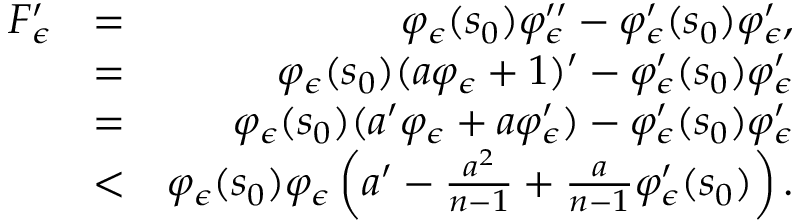
\begin{array} { r l r } { F _ { \epsilon } ^ { \prime } } & { = } & { \varphi _ { \epsilon } ( s _ { 0 } ) \varphi _ { \epsilon } ^ { \prime \prime } - \varphi _ { \epsilon } ^ { \prime } ( s _ { 0 } ) \varphi _ { \epsilon } ^ { \prime } , } \\ & { = } & { \varphi _ { \epsilon } ( s _ { 0 } ) ( a \varphi _ { \epsilon } + 1 ) ^ { \prime } - \varphi _ { \epsilon } ^ { \prime } ( s _ { 0 } ) \varphi _ { \epsilon } ^ { \prime } } \\ & { = } & { \varphi _ { \epsilon } ( s _ { 0 } ) ( a ^ { \prime } \varphi _ { \epsilon } + a \varphi _ { \epsilon } ^ { \prime } ) - \varphi _ { \epsilon } ^ { \prime } ( s _ { 0 } ) \varphi _ { \epsilon } ^ { \prime } } \\ & { < } & { \varphi _ { \epsilon } ( s _ { 0 } ) \varphi _ { \epsilon } \left( a ^ { \prime } - \frac { a ^ { 2 } } { n - 1 } + \frac { a } { n - 1 } \varphi _ { \epsilon } ^ { \prime } ( s _ { 0 } ) \right) . } \end{array}